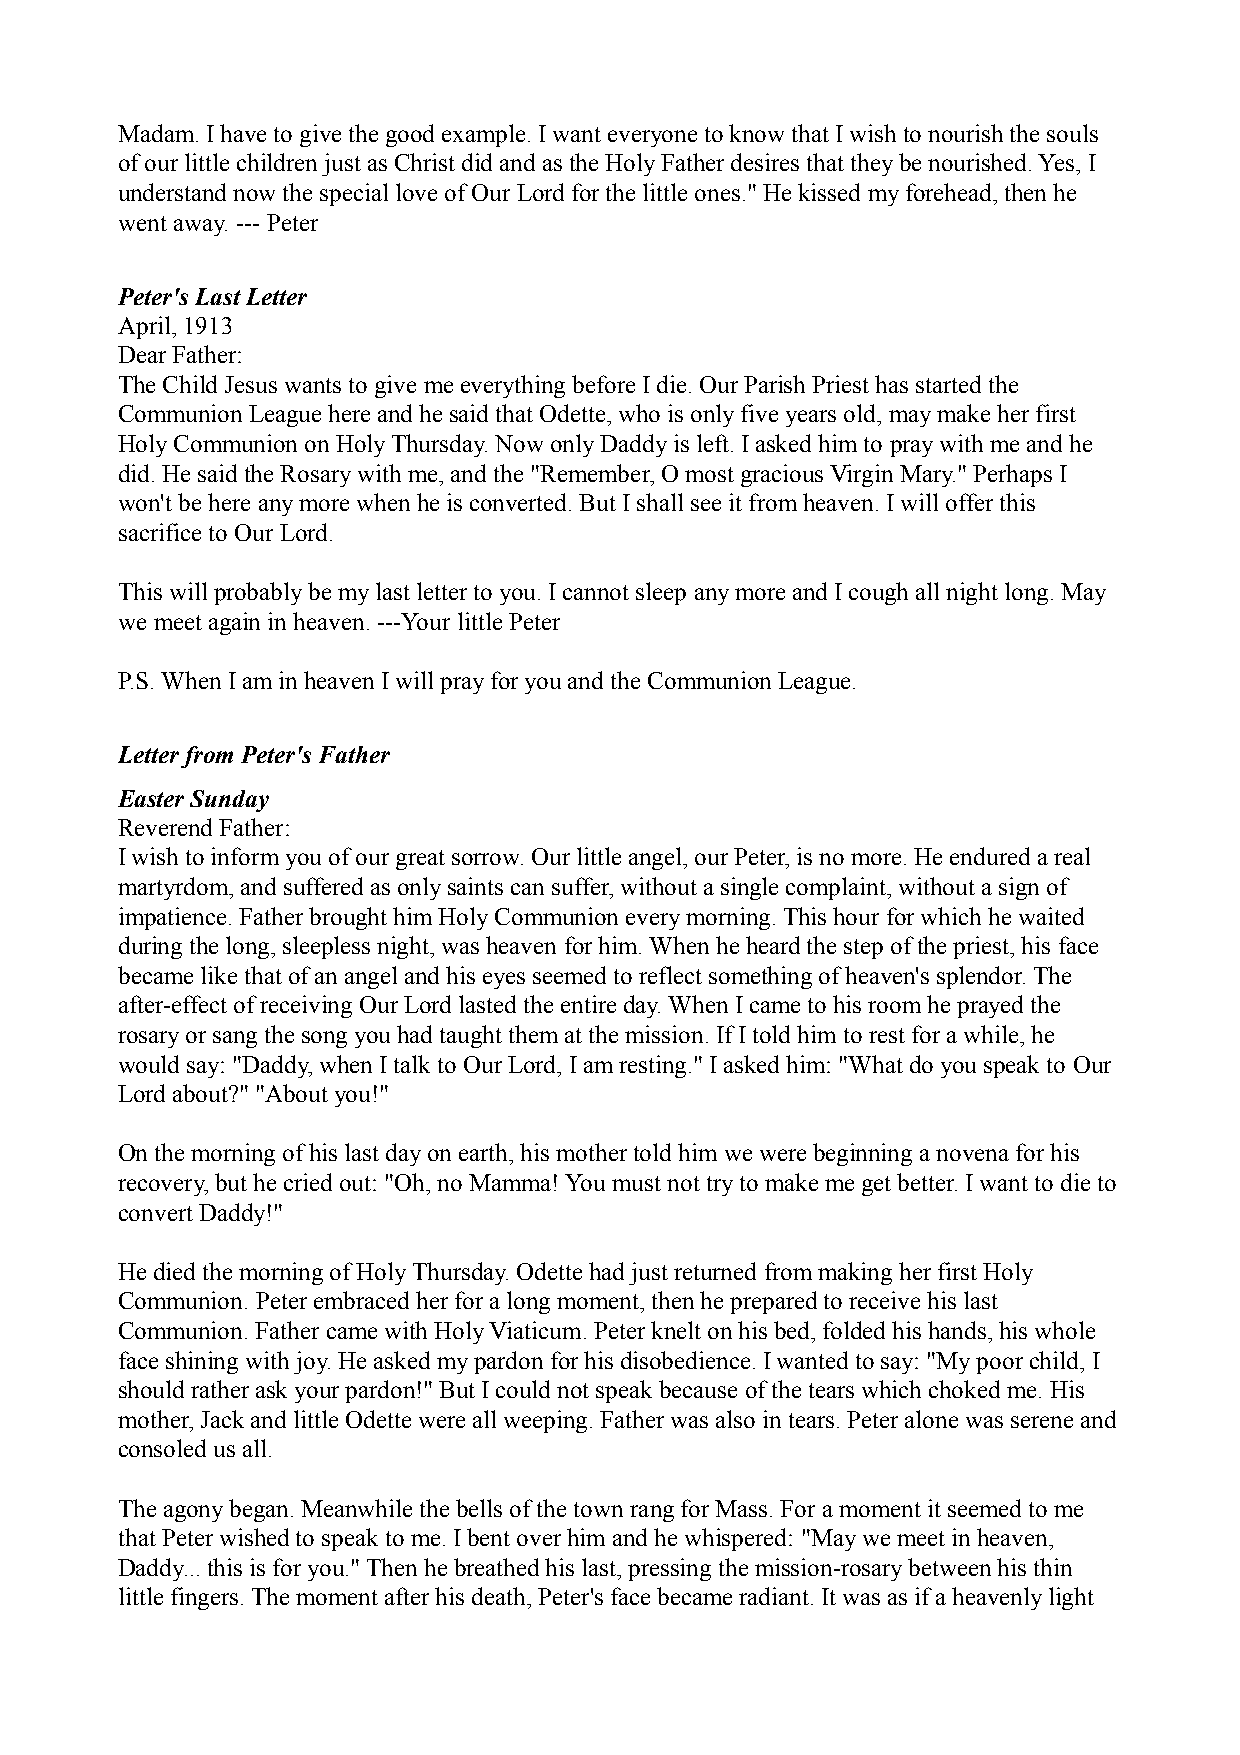
Madam. I have to give the good example. I want everyone to know that I wish to nourish the souls
 of our little children just as Christ did and as the Holy Father desires that they be nourished. Yes, I
 understand now the special love of Our Lord for the little ones." He kissed my forehead, then he
 went away. --- Peter
 Peter's Last Letter
 April, 1913
 Dear Father:
 The Child Jesus wants to give me everything before I die. Our Parish Priest has started the
 Communion League here and he said that Odette, who is only five years old, may make her first
 Holy Communion on Holy Thursday. Now only Daddy is left. I asked him to pray with me and he
 did. He said the Rosary with me, and the "Remember, O most gracious Virgin Mary." Perhaps I
 won't be here any more when he is converted. But I shall see it from heaven. I will offer this
 sacrifice to Our Lord.
 This will probably be my last letter to you. I cannot sleep any more and I cough all night long. May
 we meet again in heaven. ---Your little Peter
 P.S. When I am in heaven I will pray for you and the Communion League.
 Letter from Peter's Father
 Easter Sunday
 Reverend Father:
 I wish to inform you of our great sorrow. Our little angel, our Peter, is no more. He endured a real
 martyrdom, and suffered as only saints can suffer, without a single complaint, without a sign of
 impatience. Father brought him Holy Communion every morning. This hour for which he waited
 during the long, sleepless night, was heaven for him. When he heard the step of the priest, his face
 became like that of an angel and his eyes seemed to reflect something of heaven's splendor. The
 after-effect of receiving Our Lord lasted the entire day. When I came to his room he prayed the
 rosary or sang the song you had taught them at the mission. If I told him to rest for a while, he
 would say: "Daddy, when I talk to Our Lord, I am resting." I asked him: "What do you speak to Our
 Lord about?" "About you!"
 On the morning of his last day on earth, his mother told him we were beginning a novena for his
 recovery, but he cried out: "Oh, no Mamma! You must not try to make me get better. I want to die to
 convert Daddy!"
 He died the morning of Holy Thursday. Odette had just returned from making her first Holy
 Communion. Peter embraced her for a long moment, then he prepared to receive his last
 Communion. Father came with Holy Viaticum. Peter knelt on his bed, folded his hands, his whole
 face shining with joy. He asked my pardon for his disobedience. I wanted to say: "My poor child, I
 should rather ask your pardon!" But I could not speak because of the tears which choked me. His
 mother, Jack and little Odette were all weeping. Father was also in tears. Peter alone was serene and
 consoled us all.
 The agony began. Meanwhile the bells of the town rang for Mass. For a moment it seemed to me
 that Peter wished to speak to me. I bent over him and he whispered: "May we meet in heaven,
 Daddy... this is for you." Then he breathed his last, pressing the mission-rosary between his thin
 little fingers. The moment after his death, Peter's face became radiant. It was as if a heavenly light